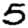
Digit: 5